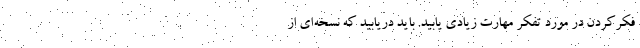
فکرکردن در مورد تفکر مهارت زیادی یابید. باید دریابید که نسخه‌ای از